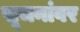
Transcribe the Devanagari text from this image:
सूचनांवर